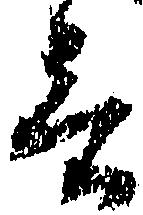
言